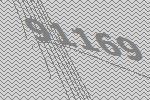
91169